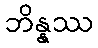
ဘိန္နဿ